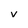
Character: v